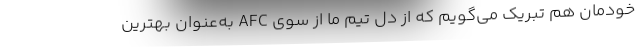
خودمان هم تبریک می‌گویم که از دل تیم ما از سوی AFC به‌عنوان بهترین